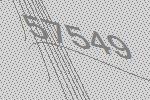
57549